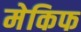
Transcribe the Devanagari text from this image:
मेकिफ